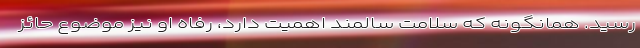
رسید. همانگونه که سلامت سالمند اهمیت دارد، رفاه او نیز موضوع حائز